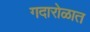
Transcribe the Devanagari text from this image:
गदारोळात